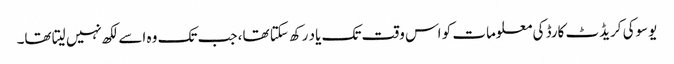
یوسوکی کریڈٹ کارڈ کی معلومات کو اس وقت تک یاد رکھ سکتا تھا، جب تک وہ اسے لکھ نہیں لیتا تھا۔